Reports on dispensaries and lunatic asylums in the Province of Oudh - 1869-1876
Year: 1869
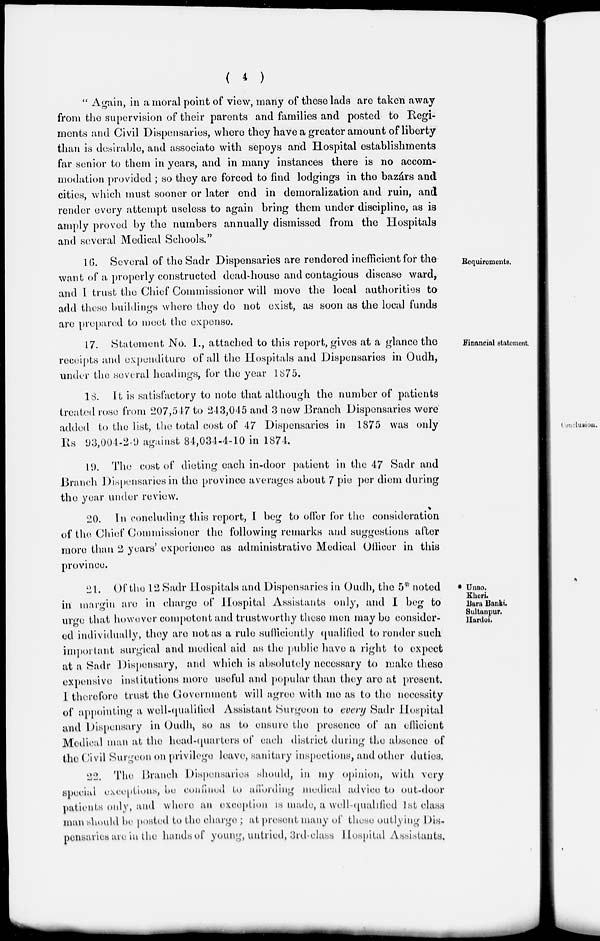
( 4 )
"Again, in a moral point of view, many of these lads are taken away
from the supervision of their parents and families and posted to Regi-
ments and Civil Dispensaries, where they have a greater amount of liberty
than is desirable, and associate with sepoys and Hospital establishments
far senior to them in years, and in many instances there is no accom-
modation provided; so they are forced to find lodgings in the bazárs and
cities, which must sooner or later end in demoralization and ruin, and
render every attempt useless to again bring them under discipline, as is
amply proved by the numbers annually dismissed from the Hospitals
and several Medical Schools."
Requirements.
16. Several of the Sadr Dispensaries are rendered inefficient for the
want of a properly constructed dead-house and contagious disease ward,
and I trust the Chief Commissioner will move the local authorities to
add these buildings where they do not exist, as soon as the local funds
are prepared to meet the expense.
Financial statement.
17. Statement No. I., attached to this report, gives at a glance the
receipts and expenditure of all the Hospitals and Dispensaries in Oudh,
under the several headings, for the year 1875.
18. It is satisfactory to note that although the number of patients
treated rose from 207,547 to 243,045 and 3 new Branch Dispensaries were
added to the list, the total cost of 47 Dispensaries in 1875 was only
Rs 93,004-2-9 against 84,034-4-10 in 1874.
19. The cost of dieting each in-door patient in the 47 Sadr and
Branch Dispensaries in the province averages about 7 pie per diem during
the year under review.
20. In concluding this report, I beg to offer for the consideration
of the Chief Commissioner the following remarks and suggestions after
more than 2 years' experience as administrative Medical Officer in this
province.
* Unao.
Kheri.
Baru Banki.
Sultanpur.
Hardoi.
21. Of the 12 Sadr Hospitals and Dispensaries in Oudh, the 5* noted
in margin are in charge of Hospital Assistants only, and I beg to
urge that however competent and trustworthy these men may be consider-
ed individually, they are not as a rule sufficiently qualified to render such
important surgical and medical aid as the public have a right to expect
at a Sadr Dispensary, and which is absolutely necessary to make these
expensive institutions more useful and popular than they are at present.
I therefore trust the Government will agree with me as to the necessity
of appointing a well-qualified Assistant Surgeon to every Sadr Hospital
and Dispensary in Oudh, so as to ensure the presence of an efficient
Medical man at the head-quarters of each district during the absence of
the Civil Surgeon on privilege leave, sanitary inspections, and other duties.
22. The Branch Dispensaries should, in my opinion, with very
special exceptions, be confined to affording medical advice to out-door
patients only, and where an exception is made, a well-qualified 1st class
man should be posted to the charge ; at present many of these outlying Dis-
pensaries are in the hands of young, untried, 3rd-class Hospital Assistants.